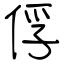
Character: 俘